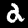
Label: 2